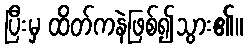
ပြီးမှ ထိတ်ကနဲဖြစ်၍သွား၏။